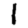
Digit: 1